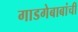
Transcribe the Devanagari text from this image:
गाडगेबाबांची